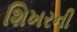
શિખરની